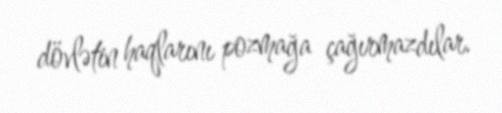
dövlətin haqlarını pozmağa çağırmazdılar.